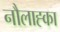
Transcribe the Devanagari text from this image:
नौलाह्का